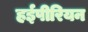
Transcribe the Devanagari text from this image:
हईपीरियन